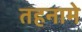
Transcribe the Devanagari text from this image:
तहनामे